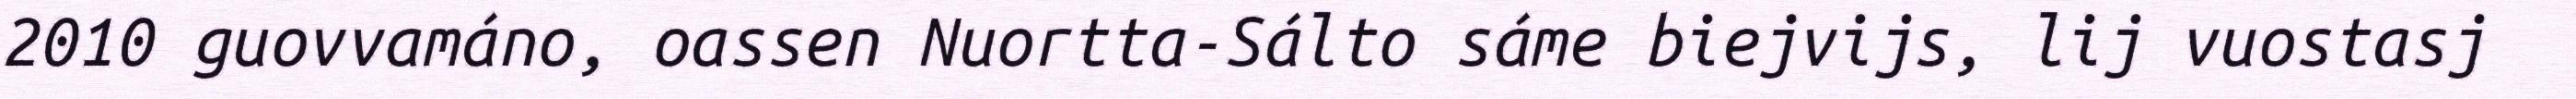
2010 guovvamáno, oassen Nuortta-Sálto sáme biejvijs, lij vuostasj